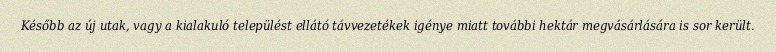
Később az új utak, vagy a kialakuló települést ellátó távvezetékek igénye miatt további hektár megvásárlására is sor került.